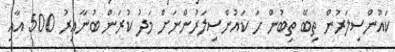
ކައުންސިލަރުން ތިބޭ ތިބުން ހަ ކައުންސިލަރުންނަށް މަދު ކުރަން ބުނާއިރު 500 އާއި